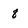
Character: 8